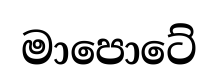
මාපොටේ